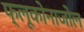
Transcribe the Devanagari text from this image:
फ्लूकोनाजोल